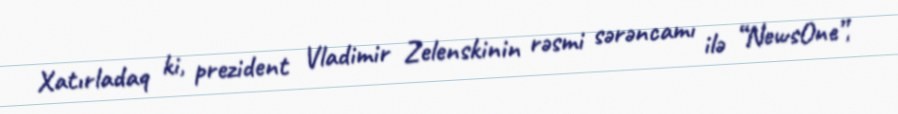
Xatırladaq ki, prezident Vladimir Zelenskinin rəsmi sərəncamı ilə “NewsOne”,